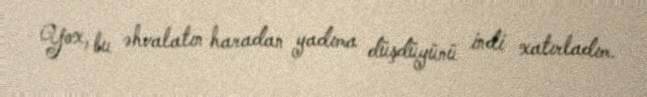
Yox, bu əhvalatın haradan yadıma düşdüyünü indi xatırladım.